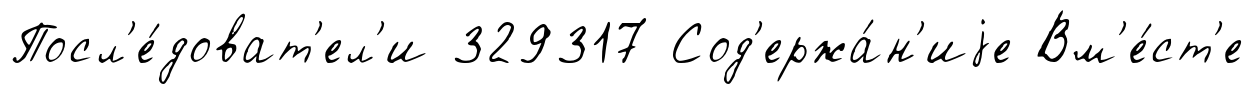
Посл'е́доват'ел'и 329317 Сод'ержа́н'иjе Вм'е́ст'е